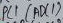
Text: ADC1